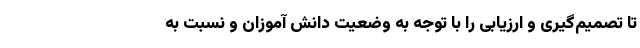
تا تصمیم‌گیری و ارزیابی را با توجه به وضعیت دانش آموزان و نسبت به